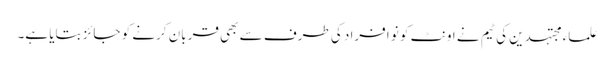
علماء مجتہدین کی ٹیم نے اونٹ کو نو افراد کی طرف سے بھی قربان کرنے کو جائز بتایا ہے۔